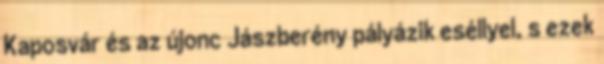
Kaposvár és az újonc Jászberény pályázik eséllyel, s ezek